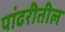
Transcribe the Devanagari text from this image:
पांढरीतील